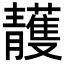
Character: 䨼